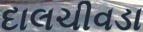
દાલચીવડા